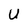
Character: U